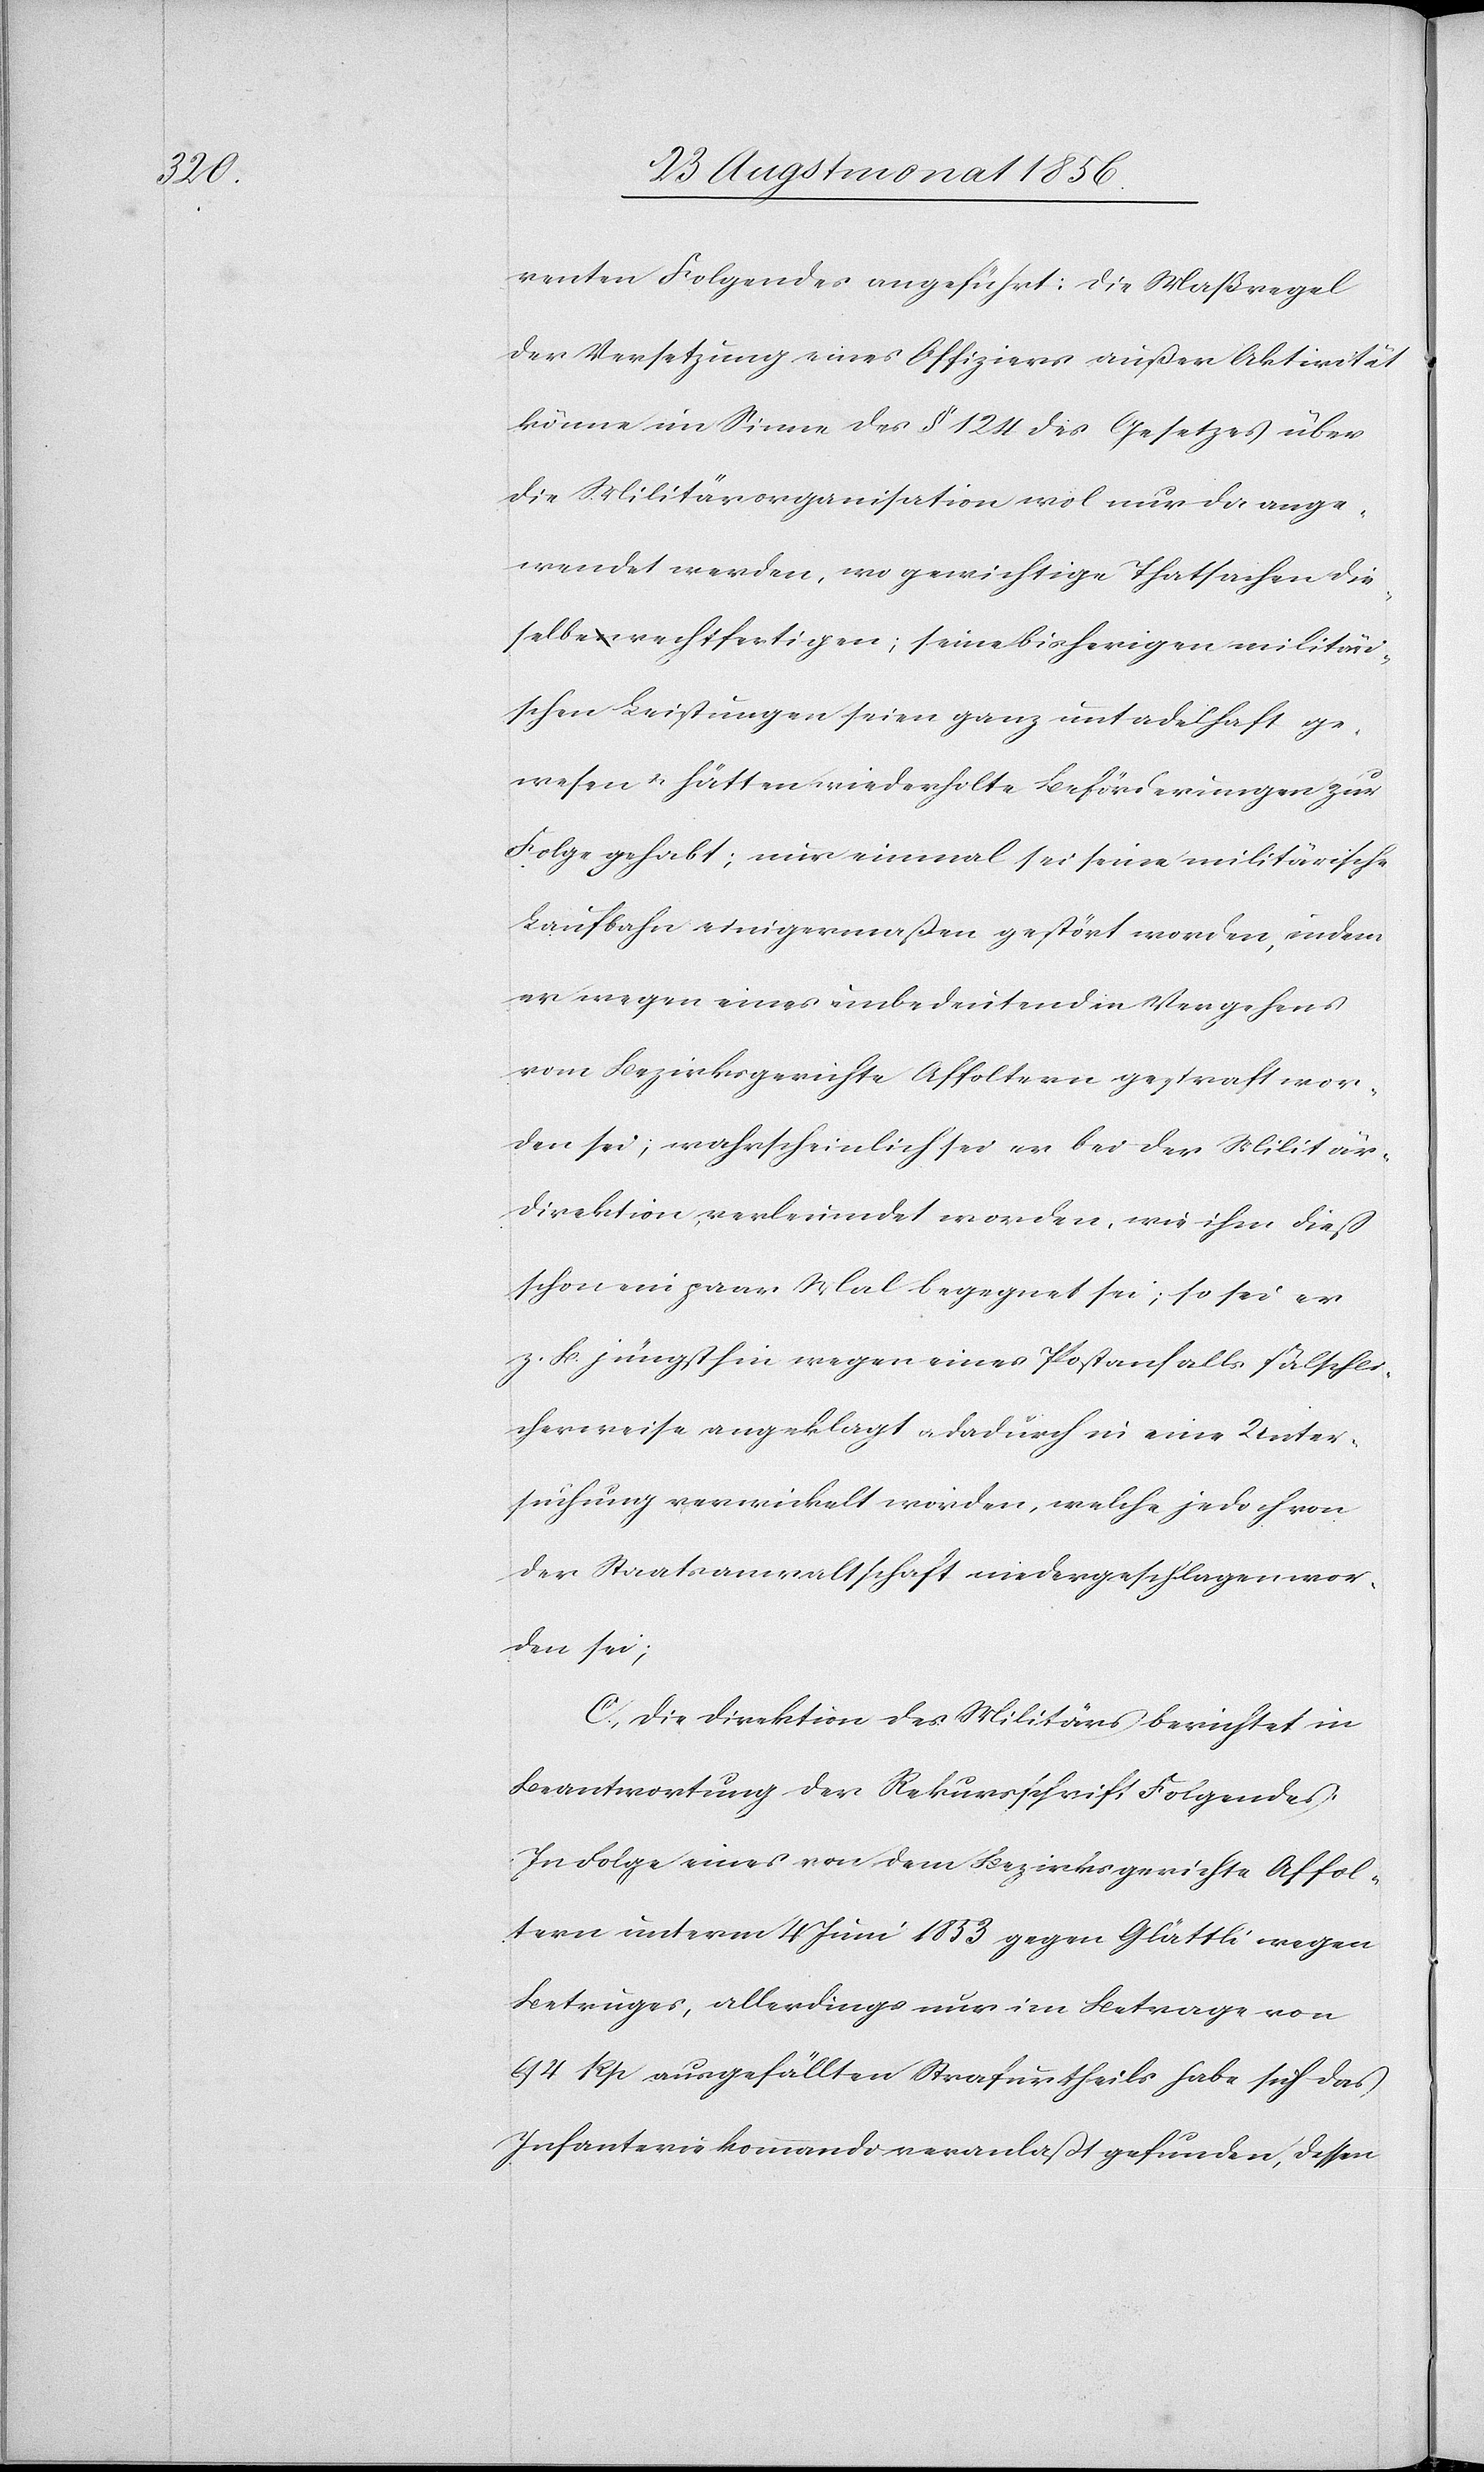
renten Folgendes angeführt: Die Maßregel
der Versetzung eines Offiziers außer Aktivität
könne im Sinne des § 124 des Gesetzes über
die Militärorganisation wol nur da ange¬
wendet werden, wo gewichtige Thatsachen die¬
selbe rechtfertigen; seine bisherigen militäri¬
schen Leistungen seien ganz untadelhaft ge¬
wesen u. hätten wiederholte Beförderungen zur
Folge gehabt; nur einmal sei seine militärische
Laufbahn einigermaßen gestört worden, indem
er wegen eines unbedeutenden Vergehens
vom Bezirksgerichte Affoltern gestraft wor¬
den sei; wahrscheinlich sei er bei der Militär¬
direktion verleumdet worden, wie ihm dieß
schon ein paar Mal begegnet sei; so sei er
z. B. jüngsthin wegen eines Postanfalls fälschli¬
cherweise angeklagt u. dadurch in eine Unter¬
suchung verwickelt worden, welche jedoch von
der Staatsanwaltschaft niedergeschlagen wor¬
den sei;
C.) Die Direktion des Militärs berichtet in
Beantwortung der Rekursschrift Folgendes:
In Folge eines von dem Bezirksgerichte Affol¬
tern unterm 4 Juni 1853 gegen Glättli wegen
Betruges, allerdings nur im Betrage von
94 Rp ausgefällten Strafurtheils habe sich das
Infanteriekommando veranlaßt gefunden, dessen